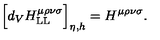
\Big [ d _ { V } H _ { \mathrm { L L } } ^ { \mu \rho \nu \sigma } \Big ] _ { \eta , h } = H ^ { \mu \rho \nu \sigma } .